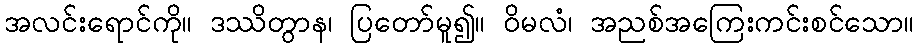
အလင်းရောင်ကို။ ဒဿိတွာန၊ ပြတော်မူ၍။ ဝိမလံ၊ အညစ်အကြေးကင်းစင်သော။